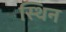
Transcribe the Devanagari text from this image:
स्थिन